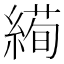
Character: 𦃜